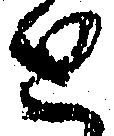
と